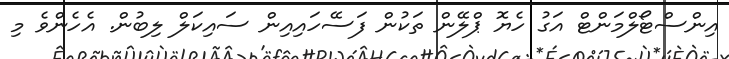
އިންސްޓޯލްމަންޓް އަގު ހެޔޮ ޕްލޭން ތަކުން ފަސޭހައިއިން ސައިކަލް ލިބުން. އެހެންވެ މި